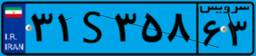
۹۳S۷۴۱۷۳